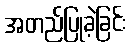
အတည်ပြုခဲ့ခြင်း